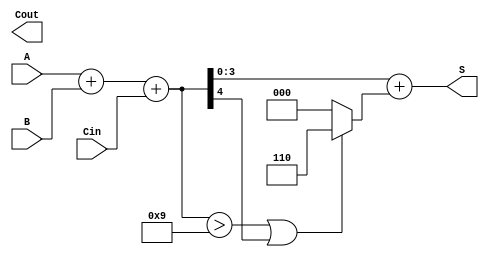
module BCD_Ripple_Carry_Adder (
    input  [3:0] A,        // 4-bit BCD input A
    input  [3:0] B,        // 4-bit BCD input B
    input        Cin,       // Carry-in
    output [3:0] S,        // 4-bit BCD sum output
    output       Cout       // Carry-out
);

    wire [4:0] sum;        // 5-bit to hold sum and carry out
    wire [3:0] corrected_sum; // Corrected BCD sum
    wire correction_needed; // Flag for correction

    // Initial addition using a 5-bit wide sum
    assign sum = A + B + Cin; // Sum of A, B and Carry-in

    // Check if correction is needed
    assign correction_needed = (sum > 4'b1001) || (sum[4]); // If sum > 9 or there's a carry out

    // Corrected sum (adding 6 if correction is needed)
    assign corrected_sum = sum + (correction_needed ? 4'b0110 : 4'b0000);

    // Assign outputs
    assign S = corrected_sum[3:0]; // 4-bit BCD result
    assign Cout = corrected_sum[4]; // Carry-out from the most significant bit

endmodule